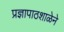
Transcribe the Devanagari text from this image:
प्रज्ञापाठशाळेने